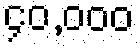
၄၀,၀၀၀